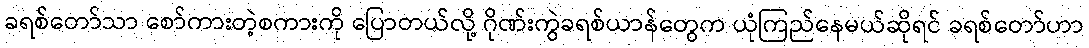
ခရစ်တော်သာ စော်ကားတဲ့စကားကို ပြောတယ်လို့ ဂိုဏ်းကွဲခရစ်ယာန်တွေက ယုံကြည်နေမယ်ဆိုရင် ခရစ်တော်ဟာ